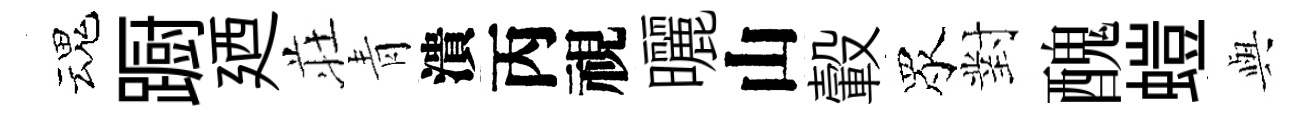
魂蹰廼荘青潰丙視曬山轂眾對醜螘𫤰